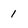
Character: 1